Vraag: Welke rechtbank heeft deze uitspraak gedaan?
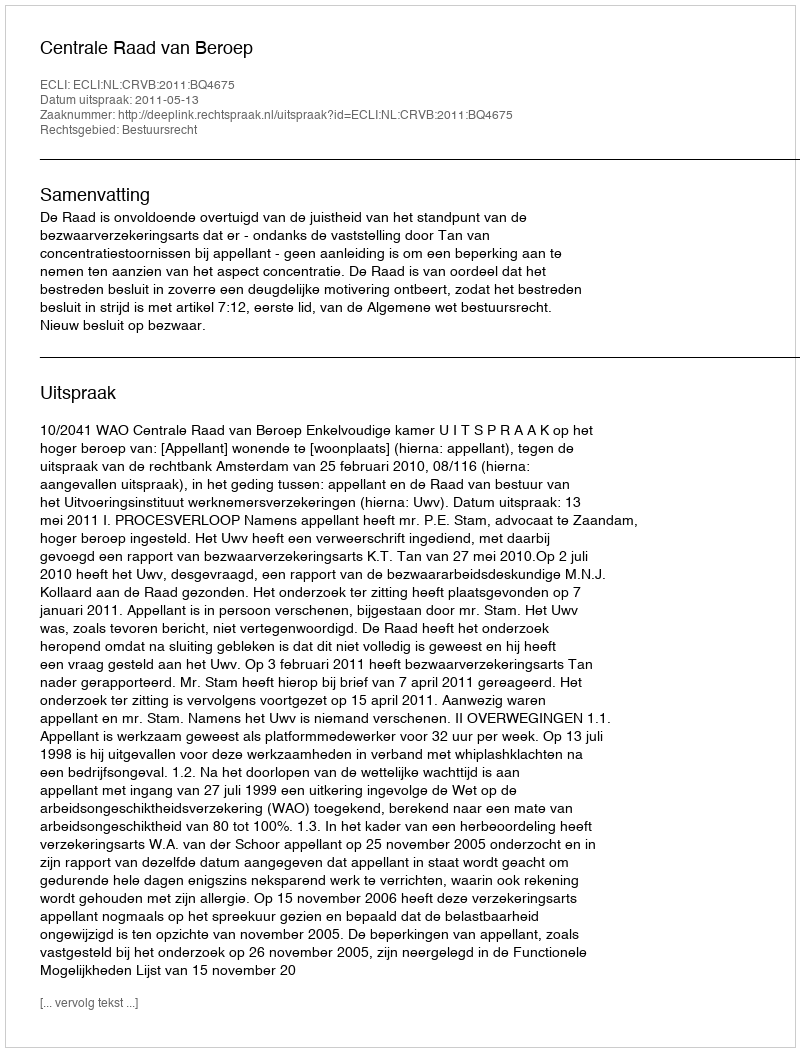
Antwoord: Centrale Raad van Beroep